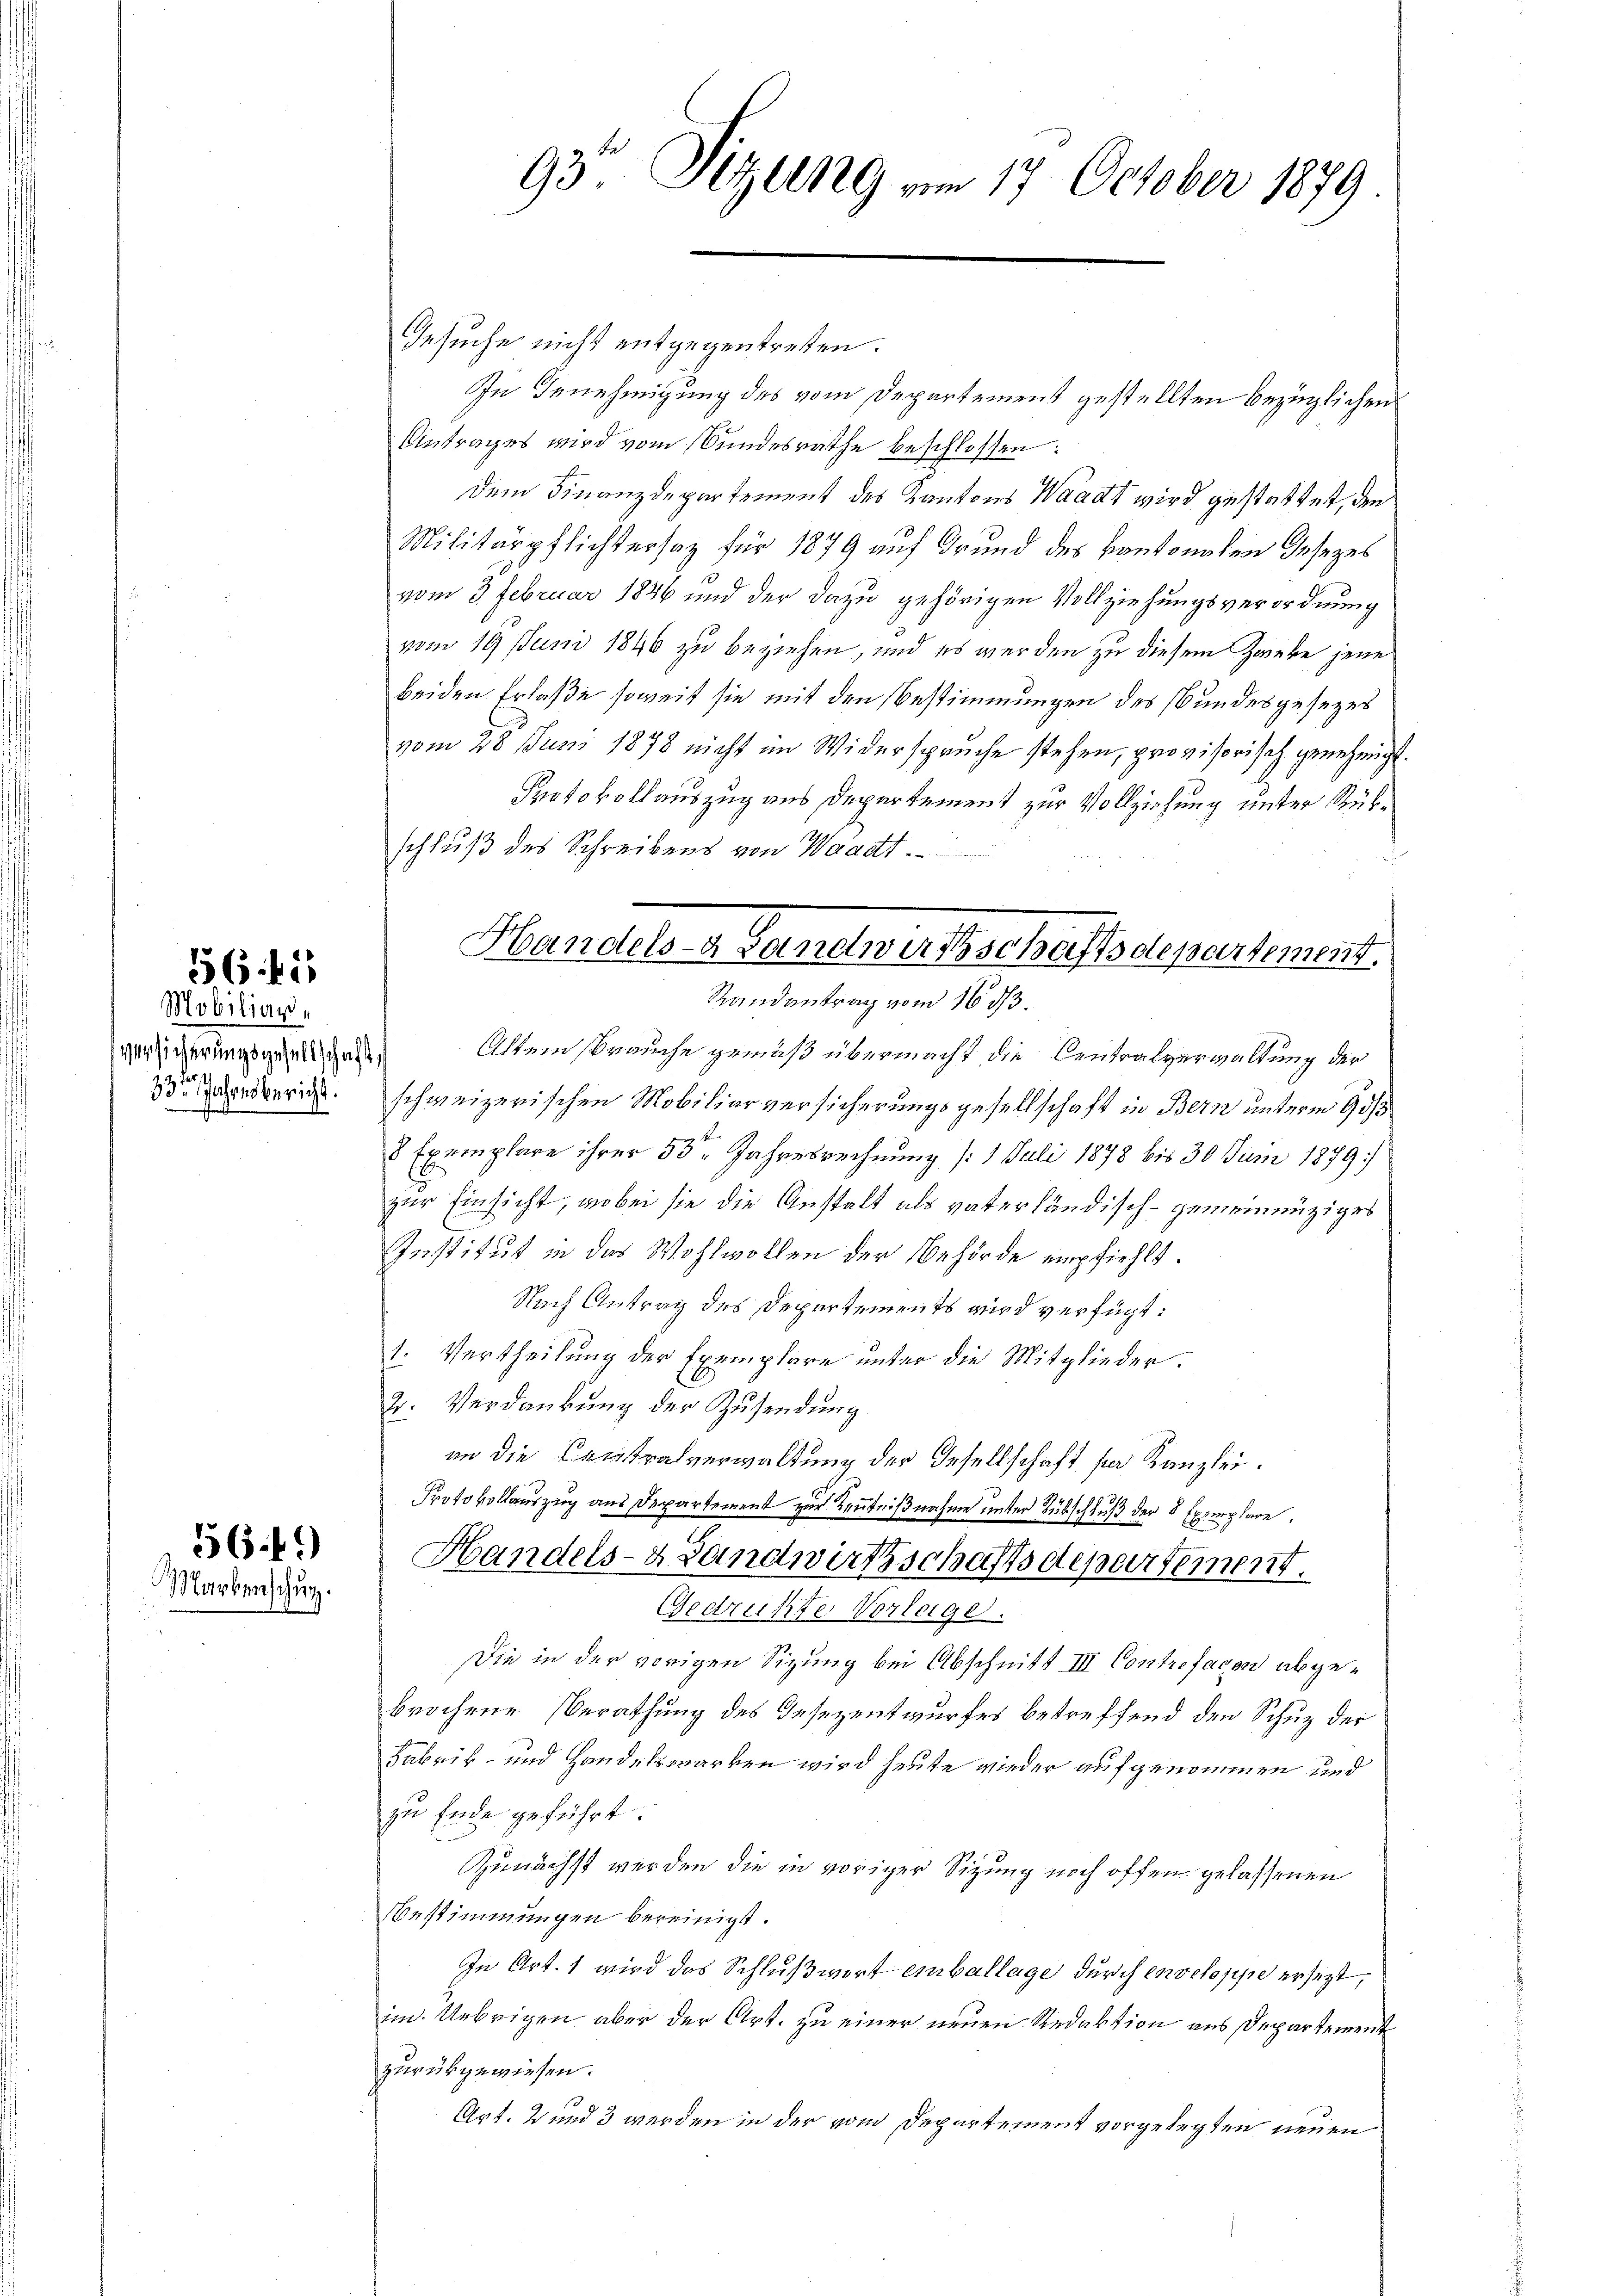
56. 45

Mobilian,
Versicherungsgesellschaft,
33ten Jahresbericht.

56.49)
Markenschutz.

Gesuche nicht entgegentreten.
In Genehmigung des vom Departement gestellten bezüglichen
Antrages wird vom Bundesrathe beschlossen:
dem Finanzdepartement des Kantons Waadt wird gestattet, den
Militärpflichtersaz für 1879 auf Grund des kantonalen Insezes
vom 3. Februar 1846 und der dazu gehörigen Vollziehungsverordnung
vom 19 Juni 1846 zu beziehen, und es werden zu diesem Zwecke jene
beiden Erlaße soweit sie mit den Bestimmungen des Bundesgesezes
vom 28. Juni 1878 nicht im Widersprüche stehen, provisorisch genehmigt.
Protokollauszug aus Departement zur Vollziehung unter Rükschluß des Schreibens von Waadt
Randantrag vom 16. ds.
Altersbrauche gemäß übermacht die Centralverwaltung der
schweizerischen Mobiliarversicherungsgesellschaft in Bern unterm 93/3
8 Exemplare ihrer 53 Jahresrechnung (1 Juli 1878 bis 30 Juni 1879
zur Einsicht, wobei sie die Anstalt als vaterländisch - gemeinnüziges
Institut in das Wohlwollen der Behörde empfiehlt.
Nach Antrag des Departements wird verfügt:
1. Vertheilung der Exemplare unter die Mitglieder.
2: Verdankung der Zusendung
an die Centralverwaltung der Gesellschaft für Kanzlei.
Protokollauszug aus Departement zur Kenntnißnahme unter Hübschluß der 5 Exemplare.
Handels- Landwirtschaftsdepartement.
Gedrükte Vorlage.
Die in der vorigen Sizung bei Abschnitt III Contrefacon abgebrochene Berathung des Gesezentwurfes betreffend den Schutz der
Fabrik- und Handelswarken wird heute wieder aufgenommen und
zu Ende geführt.
Zunächst werden die in voriger Sizung noch offen gelassenen
Bestimmungen bereinigt.
In Art. 1 wird das Schlußwort einballage durch enseloppe ersezt,
im Uebrigen aber der Art. zu einer neuen Redaktion aus Departement
zurückgewiesen.
Art. 2 und 3 werden in der vom Departement vorgelegten neuen

93. Sitzung am 17. October 1879

Handels- Landwirtschaftsdepartement.